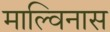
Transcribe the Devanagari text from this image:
माल्विनास